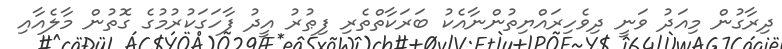
ދިރާގުން މިއަދު ވަނީ ދިވެހިރައްޔިތުންނާއެކު ބަރަކާތްތެރި ފިޠުރު އީދު ފާހަގަކުރުމުގެ ގޮތުން މާލެއާއި